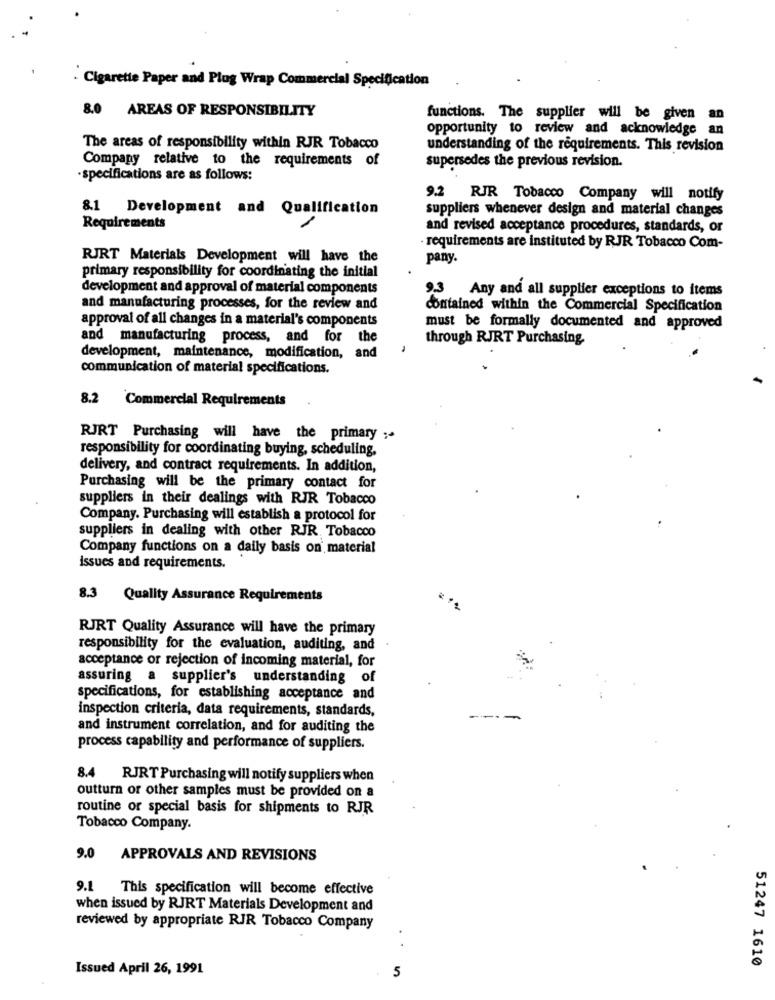
- Cigarette Paper and Plug Wrap Commercial Specification
8.0 AREAS OF RESPONSIBILITY
functions. The supplier will be given
an
opportunity to review and acknowledge
an
The areas of responsibility within RJR Tobacco
understanding of the requirements. This revision
Company relative to the requirements of
supersedes the previous revision.
specifications are as follows:
9.2 RJR Tobacco Company will notify
8.1 Development and Qualification
suppliers whenever design and material changes
Requirements
and revised acceptance procedures, standards, or
requirements are instituted by RJR Tobacco Com-
RJRT Materials Development will have the
pany.
primary responsibility for coordinating the initial
development and approval of material components
"> Any and all supplier exceptions to items
and manufacturing processes, for the review and
contained within the Commercial Specification
approval of all changes in a material's components
must be formally documented and approved
and manufacturing process, and for the
through RJRT Purchasing.
development, maintenance, modification, and
communication of material specifications.
8.2 Commercial Requirements
RJRT Purchasing will have the primary ;-
responsibility for coordinating buying, scheduling,
delivery, and contract requirements. In addition,
Purchasing will be the primary contact for
suppliers in their dealings with RJR Tobacco
Company. Purchasing will establish a protocol for
suppliers in dealing with other RJR, Tobacco
Company functions on a daily basis on' material
issues and requirements.
8.3 Quality Assurance Requirements
RJRT Quality Assurance will have the primary
responsibility for the evaluation, auditing, and
acceptance or rejection of incoming material, for
assuring a supplier's understanding of
specifications, for establishing acceptance and
inspection criteria, data requirements, standards,
and instrument correlation, and for auditing the
process capability and performance of suppliers.
8.4 RJRT Purchasing will notify suppliers when
outturn or other samples must be provided on a
routine or special basis for shipments to RJR
Tobacco Company.
9.0 APPROVALS AND REVISIONS
9.1 This specification will become effective
when issued by RJRT Materials Development and
reviewed by appropriate RIR Tobacco Company
..
51247 1610
Issued April 26, 1991
5